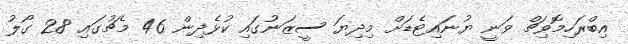
އިބްރަހިމޮވިޗް ވަނީ ޔުނައިޓެޑަށް މިދިޔަ ސީޒަނުގައި ކުޅެދިން 46 މެޗުގައި 28 ގޯލު